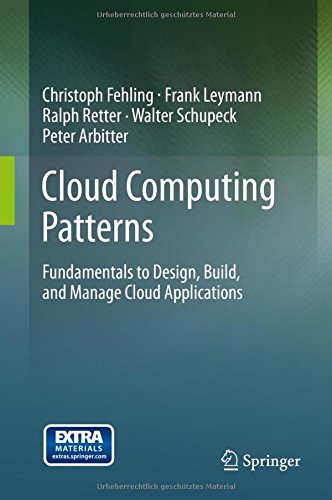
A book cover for Cloud Computing Patterns: Fundamentals to Design, Build, and Manage Cloud Applications; Christoph Fehling; Computers & Technology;